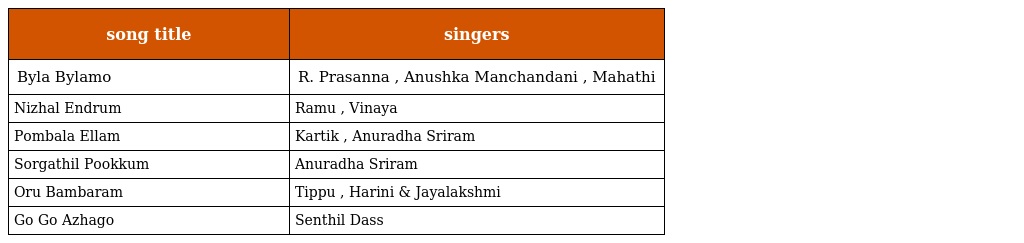
| song title | singers |
 | --- | --- |
 | Byla Bylamo | R. Prasanna , Anushka Manchandani , Mahathi |
 | Nizhal Endrum | Ramu , Vinaya |
 | Pombala Ellam | Kartik , Anuradha Sriram |
 | Sorgathil Pookkum | Anuradha Sriram |
 | Oru Bambaram | Tippu , Harini & Jayalakshmi |
 | Go Go Azhago | Senthil Dass |